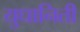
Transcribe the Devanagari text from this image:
युधानिती